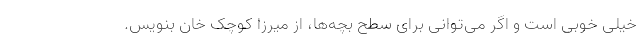
خیلی خوبی است و اگر می‌توانی برای سطح بچه‌ها، از میرزا کوچک خان بنویس.